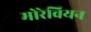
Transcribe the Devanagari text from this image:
मोरेवियन